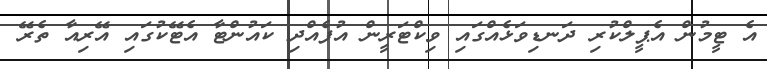
އެ ޓީމުން އެޕީލްކުރި ދަނޑިވަޅެއްގައި ވިކްޓަރީން އުފެެެއްދި ކައުންޓާ އެޓޭކުގައި އޭރިއާ ތެރޭ